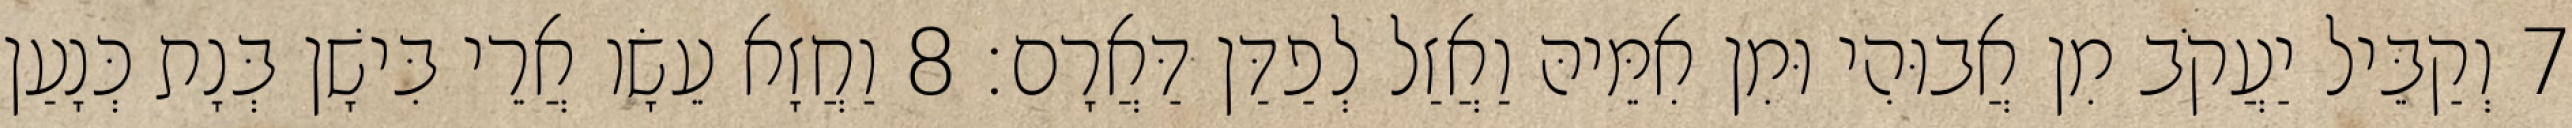
7 וְקַבֵּיל יַעֲקֹב מִן אֲבוּהִי וּמִן אִמֵּיהּ וַאֲזַל לְפַדַּן דַּאֲרָם׃ 8 וַחֲזָא עֵשָׂו אֲרֵי בִּישָׁן בְּנָת כְּנָעַן